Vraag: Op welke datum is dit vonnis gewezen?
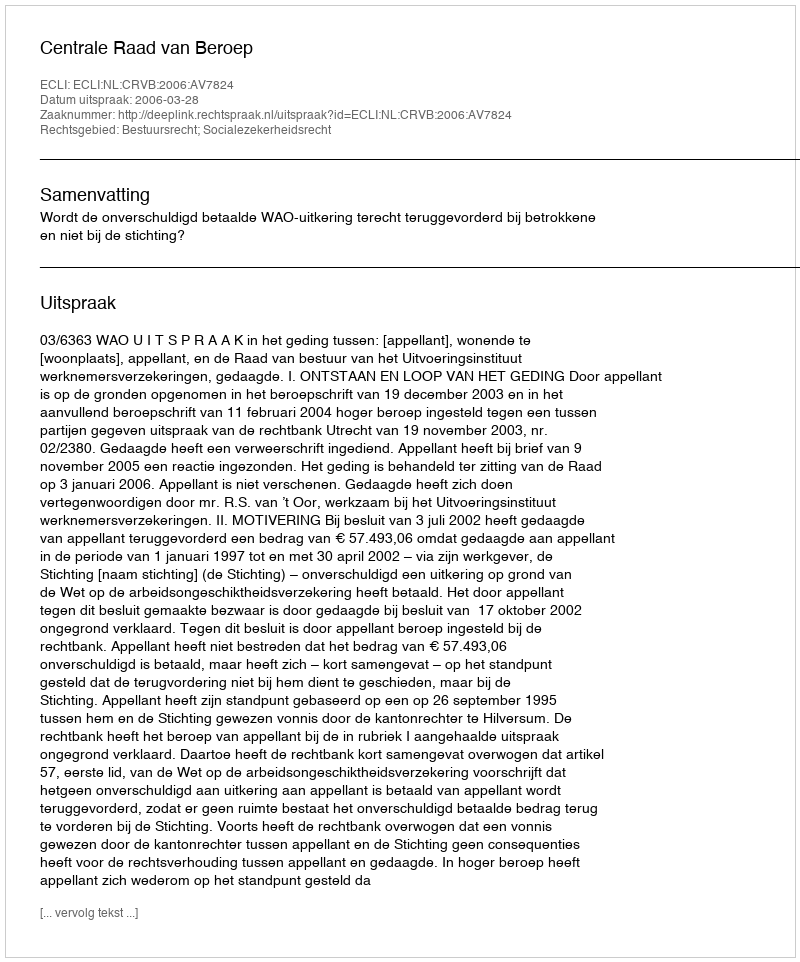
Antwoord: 2006-03-28